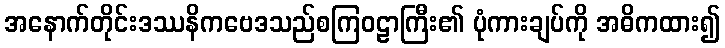
အနောက်တိုင်းဒဿနိကဗေဒသည်စကြဝဠာကြီး၏ ပုံကားချပ်ကို အဓိကထား၍